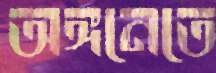
অঙ্গনেতে